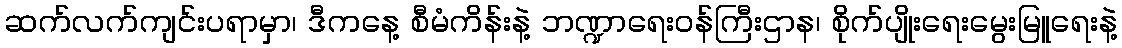
ဆက်လက်ကျင်းပရာမှာ၊ ဒီကနေ့ စီမံကိန်းနဲ့ ဘဏ္ဍာရေးဝန်ကြီးဌာန၊ စိုက်ပျိုးရေးမွေးမြူရေးနဲ့